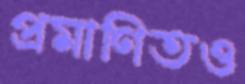
প্রমাণিতও